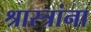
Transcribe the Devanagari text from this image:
श्रास्त्रांना